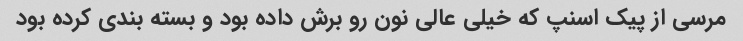
مرسی از پیک اسنپ که خیلی عالی نون رو برش داده بود و بسته بندی کرده بود